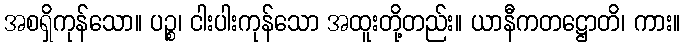
အစရှိကုန်သော။ ပဉ္စ၊ ငါးပါးကုန်သော အထူးတို့တည်း။ ယာနီကတဋ္ဌောတိ၊ ကား။